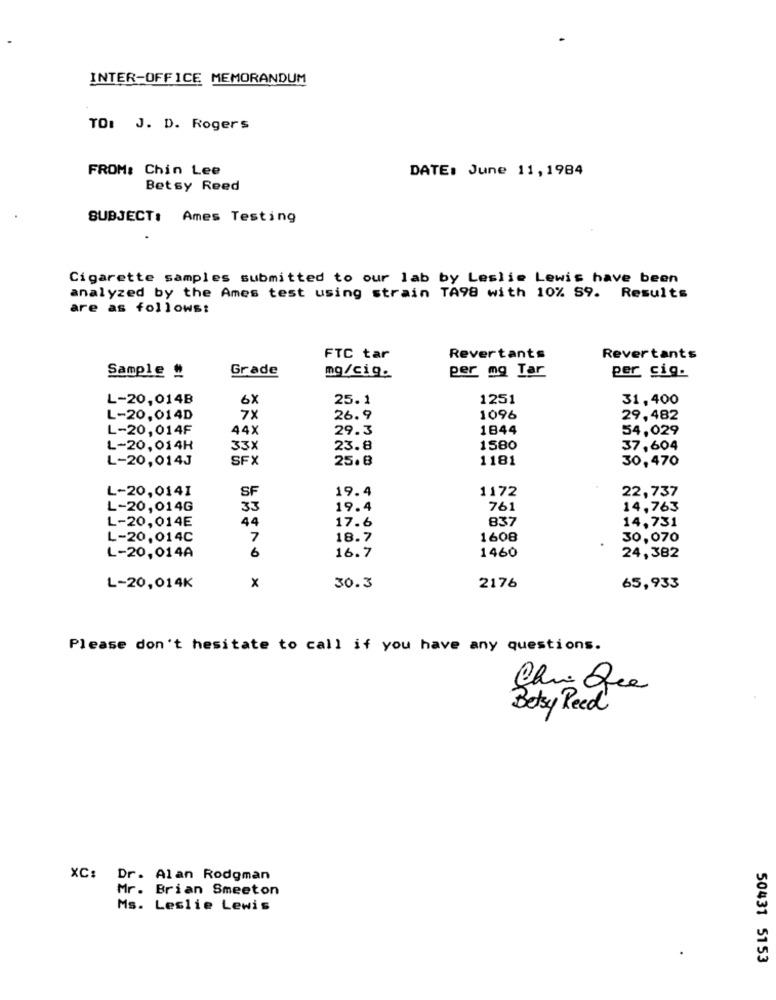
INTER-OFFICE MEMORANDUM
TO: J. D. Rogers
FROM: Chin Lee
DATE: June 11,1984
Betsy Reed
SUBJECT: Ames Testing
Cigarette samples submitted to our lab by Leslie Lewis have been
analyzed by the Ames test using strain TA98 with 10% 59. Results
are as follows:
FTC tar
Revertants
Revertants
Grade
per mg Tar
Sample #
mg/cig.
per cig.
L-20,014B
6X
25.1
1251
31,400
L-20,014D
7X
26.9
1096
29, 482
L-20,014F
44X
29.3
1844
54,029
L-20,014H
33X
23.8
1580
37,604
L-20,014J
SFX
25.8
1181
30,470
L-20,0141
SF
19.4
1172
22,737
L-20,014G
33
19.4
761
14,763
L-20,014E
44
17.6
837
14,731
L-20,014C
7
18.7
1608
30,070
L-20,014A
6
16.7
1460
24,382
L-20,014K
x
30.3
2176
65,933
Please don't hesitate to call if you have any questions.
Betsy Reed
XC:
Dr. Alan Rodgman
Mr. Brian Smeeton
Ms. Leslie Lewis
50431 5153